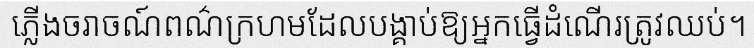
ភ្លើងចរាចណ៍ពណ៌ក្រហមដែលបង្គាប់ឱ្យអ្នកធ្វើដំណើរត្រូវឈប់។